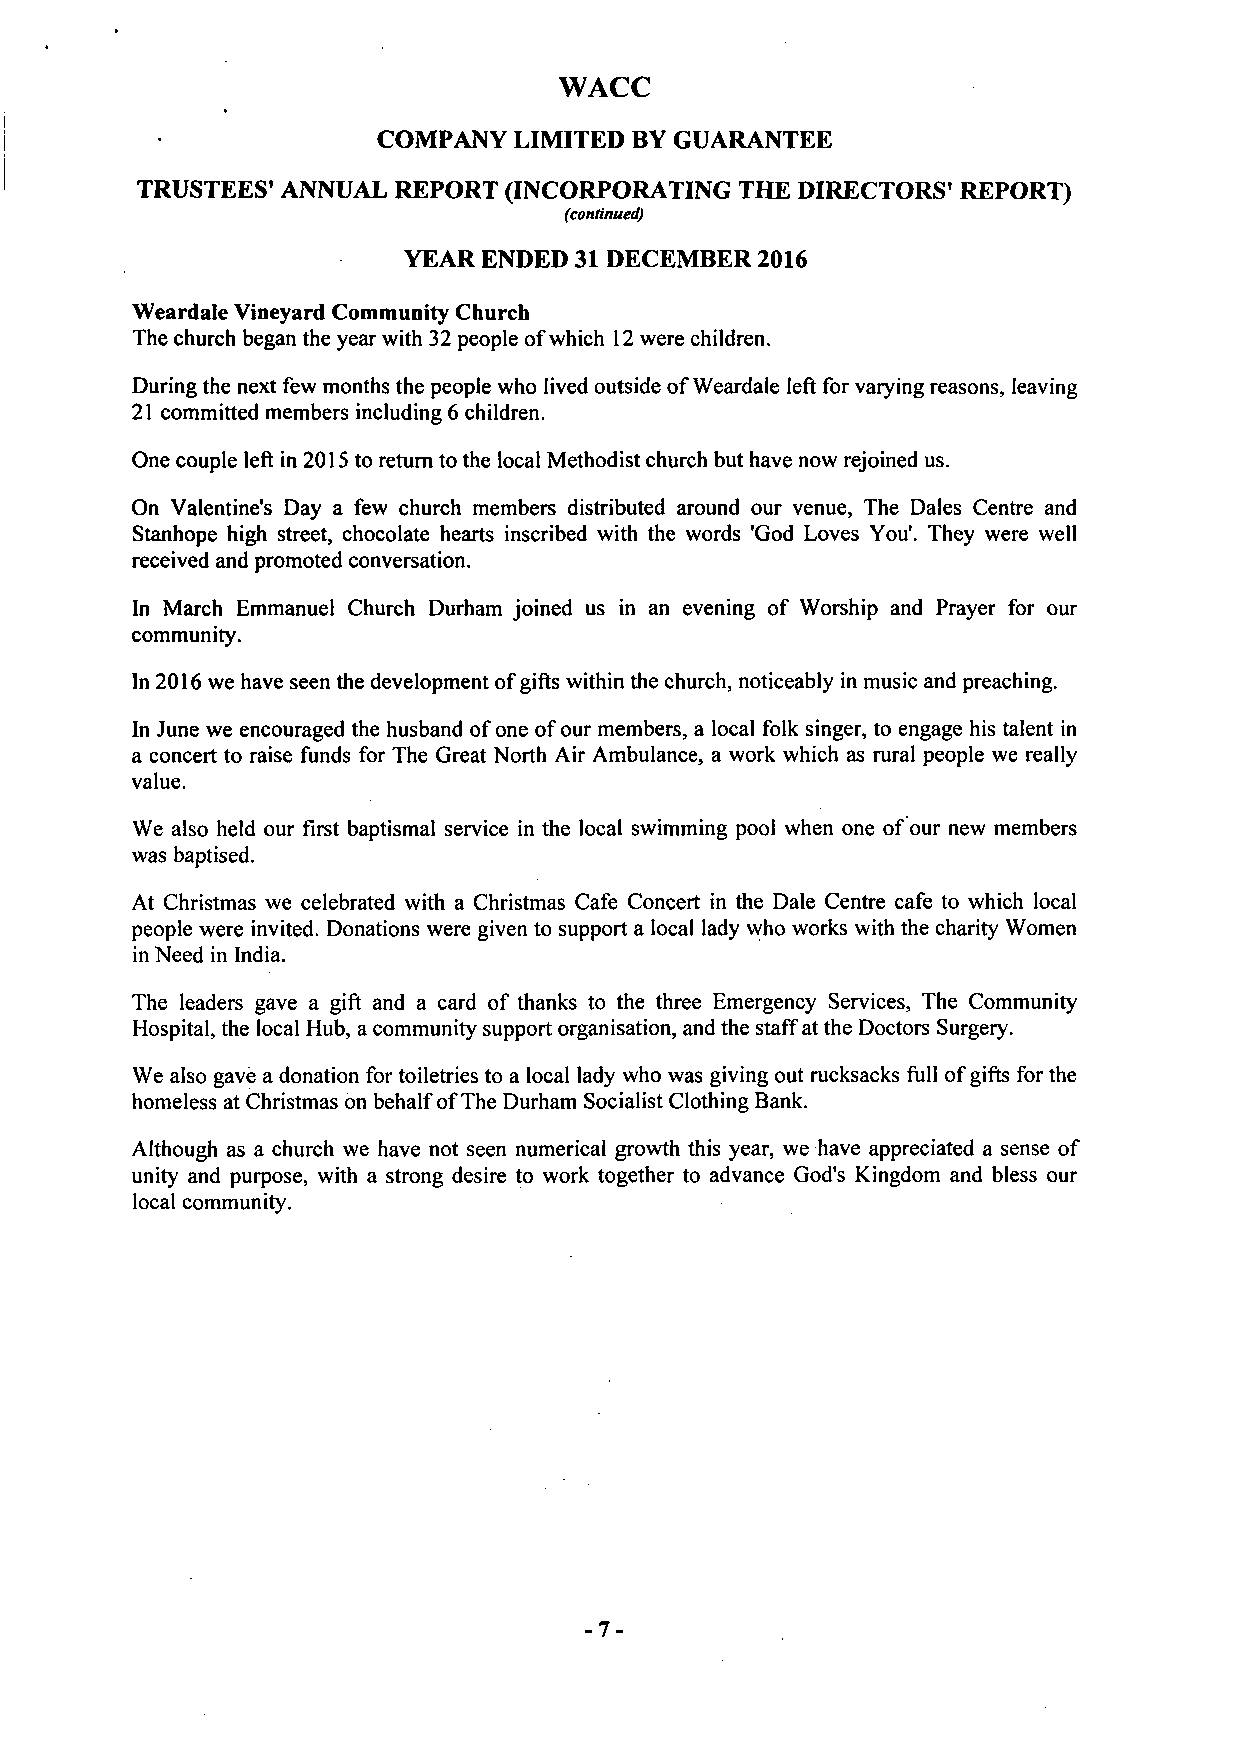
WACC
 COMPANY  LIMITED BY GUARANTEE
 TRUSTEES' ANNUAL REPORT (INCORPORATING THE DIRECTORS' REPORT)
 (continued)
 YEAR ENDED 31 DECEMBER 2016
 Weardale Vineyard Community Church
 The church began the year with 32 people of which 12 were children.
 During the next few months the people who lived outside of Weardale left for varying reasons, leaving
 21 committed members including 6 children.
 One couple left in 2015 to return to the local Methodist church but have now rejoined us.
 On Valentine's Day a few church members distributed around our venue, The Dales Centre and
 Stanhope high street, chocolate hearts inscribed with the words 'God Loves You'. They were well
 received and promoted conversation.
 In March Emmanuel Church Durham joined us in an evening of Worship and Prayer for our
 community.
 In 2016 we have seen the development of gifts within the church, noticeably in music and preaching.
 In June we encouraged the husband of one of our members, a local folk singer, to engage his talent in
 a concert to raise funds for The Great North Air Ambulance, a work which as rural people we really
 value.
 We also held our first baptismal service in the local swimming pool when one of our new members
 was baptised.
 At Christmas we celebrated with a Christmas Cafe Concert in the Dale Centre cafe to which local
 people were invited. Donations were given to support a local lady who works with the charity Women
 in Need in India.
 The leaders gave a gift and a card of thanks to the three Emergency Services, The Community
 Hospital, the local Hub, a community support organisation, and the staff at the Doctors Surgery.
 We also gave a donation for toiletries to a local lady who was giving out rucksacks full of gifts for the
 homeless at Christmas on behalf of The Durham Socialist Clothing Bank.
 Although as a church we have not seen numerical growth this year, we have appreciated a sense of
 unity and purpose, with a strong desire to work together to advance God's Kingdom and bless our
 local community.